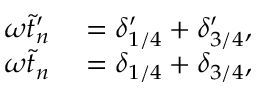
\begin{array} { r l } { \omega \tilde { t } _ { n } ^ { \prime } } & { { } = \delta _ { 1 / 4 } ^ { \prime } + \delta _ { 3 / 4 } ^ { \prime } , } \\ { \omega \tilde { t } _ { n } } & { { } = \delta _ { 1 / 4 } + \delta _ { 3 / 4 } , } \end{array}